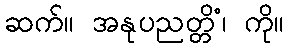
ဆက်။ အနုပညတ္တိံ၊ ကို။